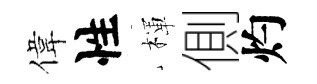
偉性楎側灼